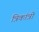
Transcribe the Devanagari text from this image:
त्रिकांत्री